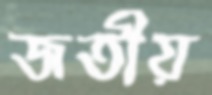
জতীয়